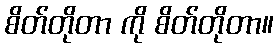
စိတ်တိုတာ ကို စိတ်တိုတာ။